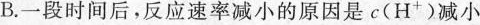
B.一段时间后，反应速率减小的原因是c(H^{+})减小